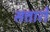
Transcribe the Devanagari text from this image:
सत्तारों